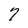
Character: 7